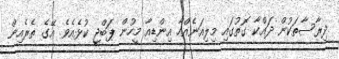
ދިރާސާތަކުން ދައްކާ ގޮތުގައި މިލިއަނެއްހާ އިންޑިއާ މީހުން ޕަބްޖީ ކުޅެއެވެ. އޭގެ ތެރެއިން